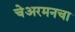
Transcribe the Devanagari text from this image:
चेअरमनचा